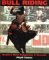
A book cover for Bull Riding: RodeoEEs Most Dangerous 8 Seconds; Floyd Cowan; Sports & Outdoors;